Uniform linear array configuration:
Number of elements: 8
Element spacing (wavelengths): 1
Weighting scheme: hamming
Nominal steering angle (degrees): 60
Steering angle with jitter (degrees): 60.751
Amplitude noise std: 0.05
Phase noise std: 0.05

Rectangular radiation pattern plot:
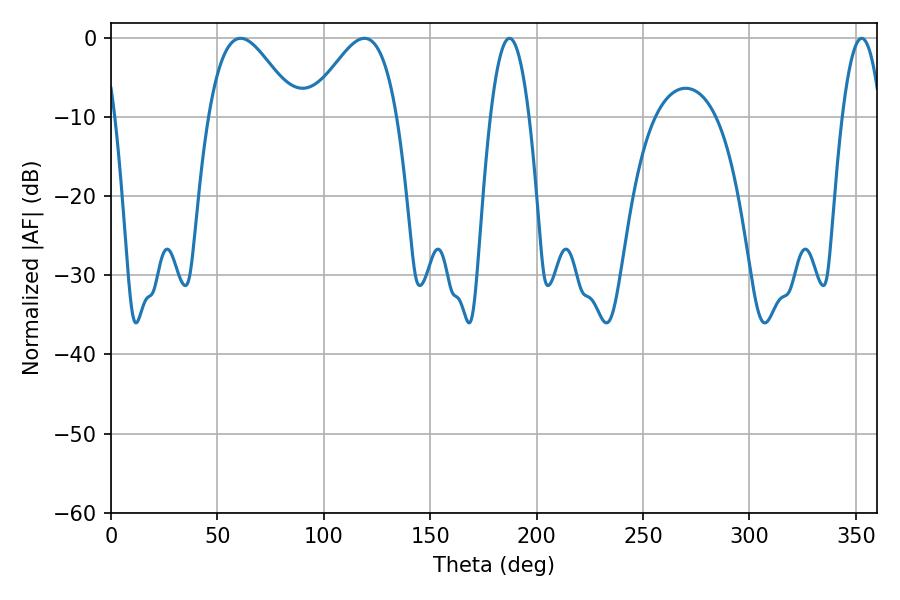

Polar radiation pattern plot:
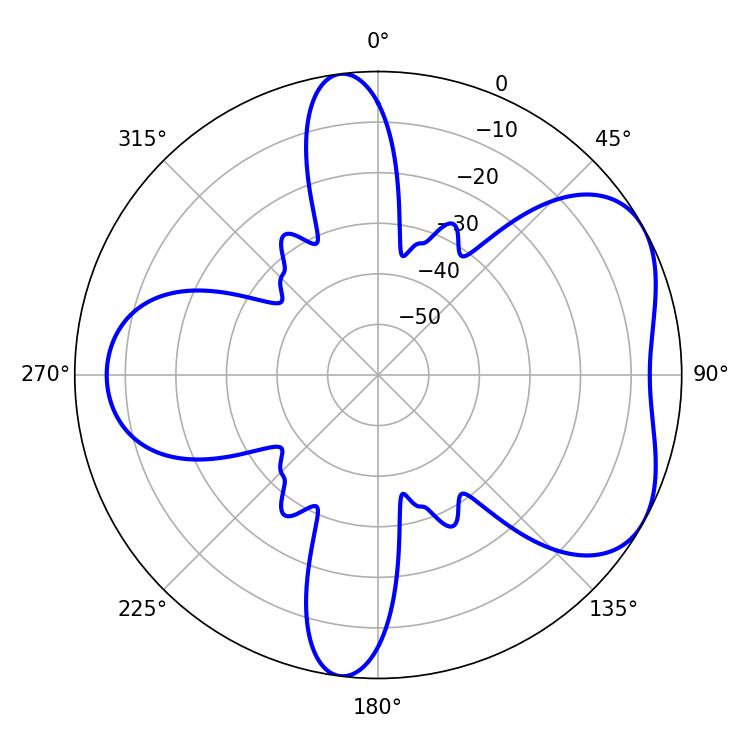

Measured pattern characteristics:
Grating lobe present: TRUE
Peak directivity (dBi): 5.111
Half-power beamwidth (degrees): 22.14
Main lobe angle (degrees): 60.84